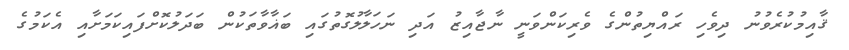
ޤާއިމުކުރެވުނު ދިވެހި ރައްޔިތުންގެ ވެރިކަންވަނީ ނާޖާއިޒު އަދި ނަހަލާލުގޮތުގައި ބަޣާވާތަކުން ބަދަލުކޮށްފައިކަމަށާއި އެކަމުގެ